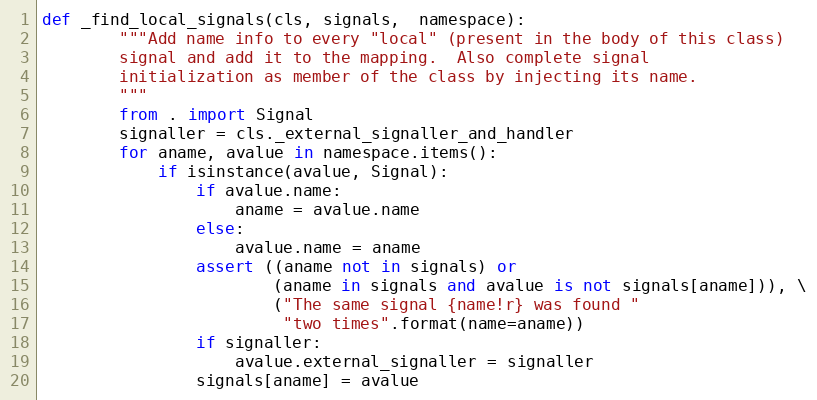
Language: Python
def _find_local_signals(cls, signals,  namespace):
        """Add name info to every "local" (present in the body of this class)
        signal and add it to the mapping.  Also complete signal
        initialization as member of the class by injecting its name.
        """
        from . import Signal
        signaller = cls._external_signaller_and_handler
        for aname, avalue in namespace.items():
            if isinstance(avalue, Signal):
                if avalue.name:
                    aname = avalue.name
                else:
                    avalue.name = aname
                assert ((aname not in signals) or
                        (aname in signals and avalue is not signals[aname])), \
                        ("The same signal {name!r} was found "
                         "two times".format(name=aname))
                if signaller:
                    avalue.external_signaller = signaller
                signals[aname] = avalue